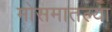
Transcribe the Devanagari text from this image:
मोसमातल्या